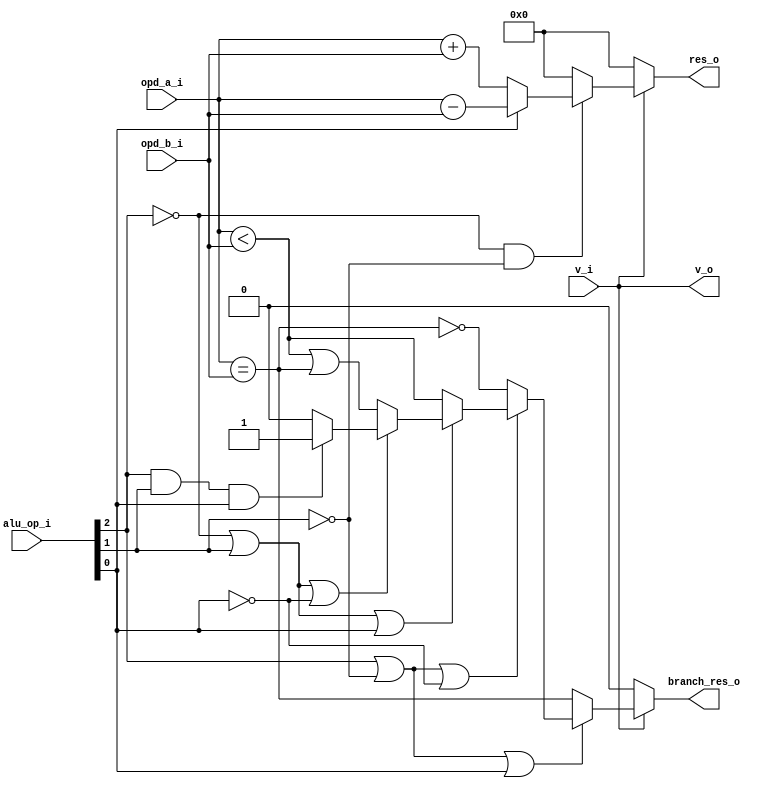
// This program was cloned from: https://github.com/NYU-MLDA/OpenABC
// License: BSD 3-Clause "New" or "Revised" License

module bp_cce_alu_width_p16
(
  v_i,
  opd_a_i,
  opd_b_i,
  alu_op_i,
  v_o,
  res_o,
  branch_res_o
);

  input [15:0] opd_a_i;
  input [15:0] opd_b_i;
  input [2:0] alu_op_i;
  output [15:0] res_o;
  input v_i;
  output v_o;
  output branch_res_o;
  wire [15:0] res_o;
  wire v_o,branch_res_o,N0,N1,N2,N3,N4,N5,N6,N7,N8,N9,N10,v_i,equal,less,N11,N12,N13,
  N14,N15,N16,N17,N18,N19,N20,N21,N22,N23,N24,N25,N26,N27,N28,N29,N30,N31,N32,N33,
  N34,N35,N36,N37,N38,N39,N40,N41,N42,N43,N44,N45,N46,N47,N48,N49,N50,N51,N52,N53,
  N54,N55,N56,N57,N58,N59,N60,N61,N62,N63,N64,N65,N66,N67,N68,N69,N70,N71,N72,N73,
  N74,N75,N76,N77,N78,N79,N80,N81,N82,N83,N84,N85,N86,N87,N88,N89,N90,N91,N92,N93,
  N94,N95,N96,N97,N98,N99,N100,N101;
  assign v_o = v_i;
  assign equal = opd_a_i == opd_b_i;
  assign less = opd_a_i < opd_b_i;
  assign N12 = alu_op_i[2] | N28;
  assign N13 = N12 | alu_op_i[0];
  assign N16 = N12 | N15;
  assign N18 = N27 | alu_op_i[1];
  assign N19 = N18 | alu_op_i[0];
  assign N21 = N18 | N15;
  assign N23 = alu_op_i[2] & alu_op_i[1];
  assign N24 = N23 & alu_op_i[0];
  assign N25 = N27 | N28;
  assign N26 = N25 | alu_op_i[0];
  assign N29 = N27 & N28;
  assign { N52, N51, N50, N49, N48, N47, N46, N45, N44, N43, N42, N41, N40, N39, N38, N37 } = opd_a_i + opd_b_i;
  assign { N68, N67, N66, N65, N64, N63, N62, N61, N60, N59, N58, N57, N56, N55, N54, N53 } = opd_a_i - opd_b_i;
  assign N33 = (N0)? equal :
               (N1)? N31 :
               (N2)? less :
               (N3)? N32 :
               (N4)? 1'b1 :
               (N5)? 1'b0 : 1'b0;
  assign N0 = N14;
  assign N1 = N17;
  assign N2 = N20;
  assign N3 = N22;
  assign N4 = N24;
  assign N5 = N30;
  assign branch_res_o = (N6)? N33 :
                        (N7)? 1'b0 : 1'b0;
  assign N6 = v_i;
  assign N7 = N11;
  assign { N84, N83, N82, N81, N80, N79, N78, N77, N76, N75, N74, N73, N72, N71, N70, N69 } = (N8)? { N52, N51, N50, N49, N48, N47, N46, N45, N44, N43, N42, N41, N40, N39, N38, N37 } :
                                                                                              (N9)? { N68, N67, N66, N65, N64, N63, N62, N61, N60, N59, N58, N57, N56, N55, N54, N53 } : 1'b0;
  assign N8 = N15;
  assign N9 = alu_op_i[0];
  assign { N100, N99, N98, N97, N96, N95, N94, N93, N92, N91, N90, N89, N88, N87, N86, N85 } = (N10)? { N84, N83, N82, N81, N80, N79, N78, N77, N76, N75, N74, N73, N72, N71, N70, N69 } :
                                                                                               (N35)? { 1'b0, 1'b0, 1'b0, 1'b0, 1'b0, 1'b0, 1'b0, 1'b0, 1'b0, 1'b0, 1'b0, 1'b0, 1'b0, 1'b0, 1'b0, 1'b0 } : 1'b0;
  assign N10 = N29;
  assign res_o = (N6)? { N100, N99, N98, N97, N96, N95, N94, N93, N92, N91, N90, N89, N88, N87, N86, N85 } :
                 (N7)? { 1'b0, 1'b0, 1'b0, 1'b0, 1'b0, 1'b0, 1'b0, 1'b0, 1'b0, 1'b0, 1'b0, 1'b0, 1'b0, 1'b0, 1'b0, 1'b0 } : 1'b0;
  assign N11 = ~v_i;
  assign N14 = ~N13;
  assign N15 = ~alu_op_i[0];
  assign N17 = ~N16;
  assign N20 = ~N19;
  assign N22 = ~N21;
  assign N27 = ~alu_op_i[2];
  assign N28 = ~alu_op_i[1];
  assign N30 = N101 | N29;
  assign N101 = ~N26;
  assign N31 = ~equal;
  assign N32 = less | equal;
  assign N34 = v_i;
  assign N35 = ~N29;
  assign N36 = N34 & N29;

endmodule